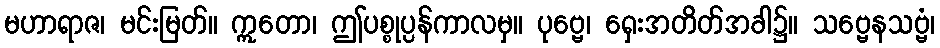
မဟာရာဇ၊ မင်းမြတ်။ ဣတော၊ ဤပစ္စုပ္ပန်ကာလမှ။ ပုဗ္ဗေ၊ ရှေးအတိတ်အခါ၌။ သဗ္ဗေနသဗ္ဗံ၊